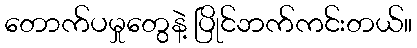
တောက်ပမှုတွေနဲ့ ပြိုင်ဘက်ကင်းတယ်။